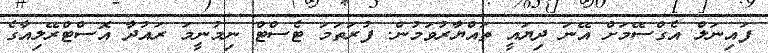
ފައިނަލް އެގްސޭމަށް އޭނަ ދިޔައީ ތައްޔާރުވަމުން. ފުރަތަމަ ޓެސްޓް ނިމުނީމަ ރައުދާ އޮސްޓްރޭލިއާގެ